Vital statistics of India. Vol. VI, European troops 1870-79
Year: 1870
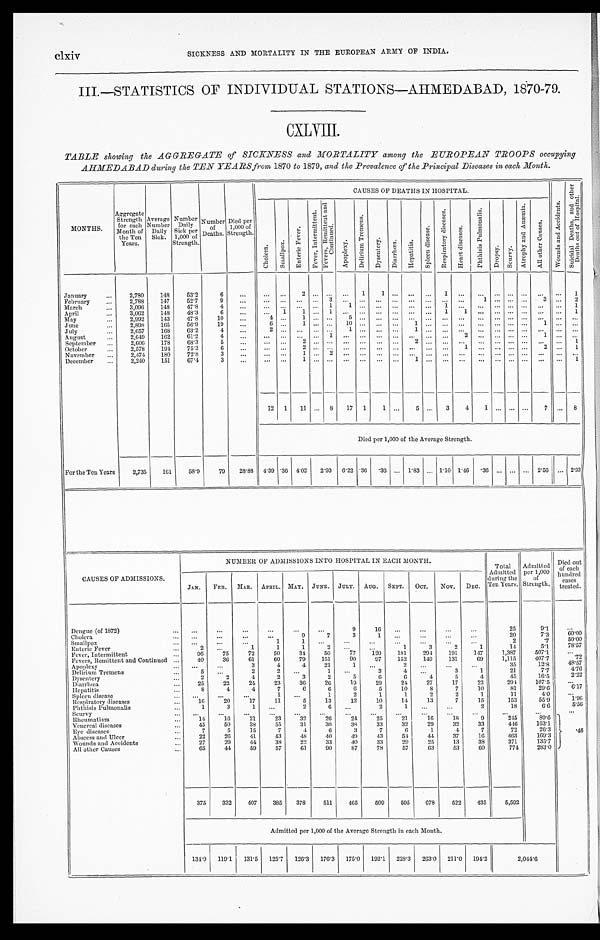
clxiv
SICKNESS AND MORTALITY IN THE EUROPEAN ARMY OF INDIA.
III.—STATISTICS OF INDIVIDUAL STATIONS—AHMEDABAD, 1870-79.
CXLVIII.
TABLE showing the AGGREGATE of SICKNESS and MORTALITY among the EUROPEAN TROOPS occupying
AHMEDABAD during the TEN YEARS from 1870 to 1879, and the Prevalence of the Principal Diseases in each Month.
MONTHS.
Aggregate Strength for each
Month of
the Ten
Years.
Average
Number Daily
Sick.
Number Dail
y Sick per
1,000 of
Strength.
Number
o
f Deaths.
Died per
1,000 of
Strength.
CAUSES OF DEATHS IN HOSPITAL.
Wounds and Accidents.
S u i c i d a l D e a t h s , a n d o t h e r D e a t h s o u t o f H o s p i t a l .
Cholera. Smallpox. Enteric Fever.
Fever, Intermittent.
Fevers, Remittent and Continued.
Apoplexy. Delirium Tremens.
Dysentery
.
Diarrhœa. Hepatitis.
Spleen disease.
R e s p i r a t o r y d i s e a s e s .
H e a r t d i s e a s e s .
Phthisis Pulmonalis.
D r o p s y . S c u r v y .
A t r o p h y a n d A n æ m i a .
All other Causes.
January
2,780 148
53.2
6
2
1 1
1
1
February
2,788 147 5 2 . 7
9
3
1
3
2
March
3,096
148 47.8
4
1 1
1
1
April
3, 062
148 48.3
6
1 1
1
1 1
1
May
2,992 143 47.8
10
4
1
5
June
2,898 165 5 6 . 9
19
6
1
1 0
1
1
July
2,657 168 63.2
4
2
1
1
August
2,649 162 61.2
4
1
2
1
S e p t e m b e r
2,606
178 68. 3
5
2
2
1
October
2,578 194
75. 3
6
2
1
2
1
November
2,474 180 72. 8
3
1
2
December
2,240 151 67. 4
3
1
1
1
12 1 11
8 17 1 1
5
3 4 1
7
8
Died per 1,000 of the Average Strength.
For the Ten Years
2,735 161 58. 9
79 28. 88 4 . 3 9 .36 4 . 0 2
2.93 6.22 .36 . 36
1.83
1.10 1.46 .36
2 . 5 6
2 . 9 3
CAUSES OF ADMISSIONS.
NUMBER OF ADMISSIONS INTO HOSPITAL IN EACH MONTH.
Total
Admitted
during the
Ten Years.
Admitted
per 1,000
of
Strength.
Died out
of each
hundred
cas es t r eat ed.
JAN. FEB. MAR. APRIL. MAY. JUNE. JULY. AUG. SEPT. OCT. NOV. DEC
Dengue (of 1872)
9
16
25
9.1
Cholera
9
7
3
1
20
7.3
60. 00
Smallpox
1 1
2
. 7
50. 00
Enteric Fever
2
1
1
1 2
1
3
2
1
14
5.1
78. 57
Fever, Intermittent
96
75
72
50
34
50
77 120 1 8 1
294 191 147
1,387
507.1
Fevers, Remittent and Continued
40
36
61
60
79 151
90
97 152 149 131
69
1,115
407.7
. 7 2
Apoplexy
3
4
4
21
1
2
35
12. 8
48. 57
Delirium Tremens
5
2
2
1
3 4
3
1
21
7.7
4 . 7 6
Dysentery
2
2
4
2
3
2
5
6
6
4
5
4
45
16.5
2.22
Diarrhœa
25
22
24
23
36
26
19
29
24
27
17
22
294
107.5
Hepatitis
8
4
4
7
6
6
6
5
10
8
7
10
81
29. 6
6 . 1 7
Spleen disease
1
1
2
1
1
2
2
1
11
4. 0
Respiratory diseases
16
20
17
11
5
13
12
10
14
13
7
15
153
55. 9
1.96
Phthisis Pulmonalis
1
3 1
2
6
2
1
2
18
6. 6
5 . 5 6
Scurvy Rheumatism
14
16
21
23
32
26
24
25
21
16
18
9
2 4 5
8 9 . 6
.4
6
Venereal diseases
45
50
38
55
31
30
38
33
32
29
32
33
446
1 6 3 . 1
Eye diseases
7
5
15
7
4
6
3
7
6
1
4
7
72
26. 3
Abscess and Ulcer
22
26
41
43
48
40
49
43
54
44
37
16
4 6 3
169.3
Wounds and Accidents
27
29
44
38
22
33
40
33
29
25
13
38
371
135.7
All other Causes
65
44
59
57
61
90
87
78
57
63
53
60
774
283. 0
375 332 407 385 378
511 465 509 595 678 522 435
5,592
Admitted per 1,000 of the Average Strength in each Month.
134. 9
119.1 131.5 125. 7 126. 3 176. 3 175. 0 192.1 228. 3
263. 0 211.0 194. 2
2,044.6